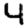
Digit: 4